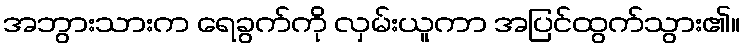
အဘွားသားက ရေခွက်ကို လှမ်းယူကာ အပြင်ထွက်သွား၏။